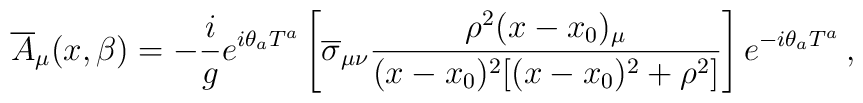
{\overline A}_{\mu}(x,\beta) = -\frac{i}{g} e^{i\theta_{a}T^{a}} 	\left[ {\overline\sigma}_{\mu\nu}\frac{\rho^{2}(x-x_{0})_{\mu}}	{(x-x_{0})^{2}[(x-x_{0})^{2}+\rho^{2}]} \right]	e^{-i\theta_{a}T^{a}} \, ,